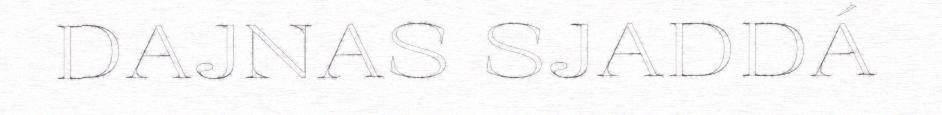
DAJNAS SJADDÁ